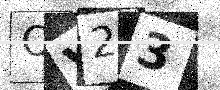
Text: OV23